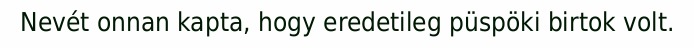
Nevét onnan kapta, hogy eredetileg püspöki birtok volt.